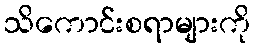
သိကောင်းစရာများကို